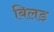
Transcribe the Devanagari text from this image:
बिलड